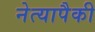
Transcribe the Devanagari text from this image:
नेत्यापैकी